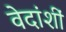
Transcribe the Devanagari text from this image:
वेदांशीं